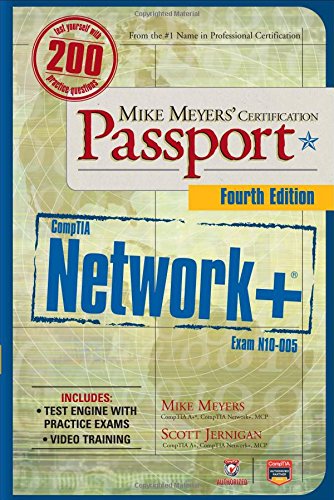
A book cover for Mike Meyers' CompTIA Network+ Certification Passport, 4th Edition (Exam N10-005) (CompTIA Authorized); Mike Meyers; Computers & Technology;